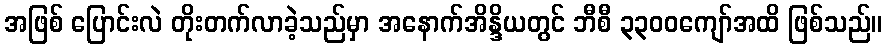
အဖြစ် ပြောင်းလဲ တိုးတက်လာခဲ့သည်မှာ အနောက်အိန္ဒိယတွင် ဘီစီ ၃၃၀၀ကျော်အထိ ဖြစ်သည်။